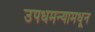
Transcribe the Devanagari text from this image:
उपधमन्यामधून